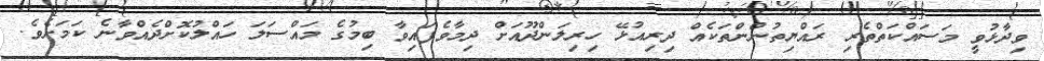
ވިދާޅުވީ މަސައްކަތްތެރި ރައްޔިތުންންތަކެއް ދިރިއުޅޭ ހިރިލަންދޫއަށް ދިމާވެފައިވާ ބިމުގެ މައްސަލަ ހައްލުކޮށްދެއްވާނެ ކަމަށެވެ.